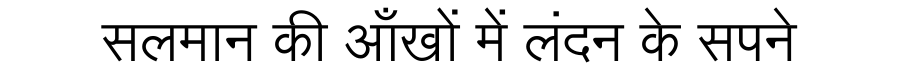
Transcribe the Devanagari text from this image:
सलमान की आँखों में लंदन के सपने